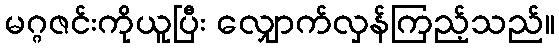
မဂ္ဂဇင်းကိုယူပြီး လျှောက်လှန်ကြည့်သည်။